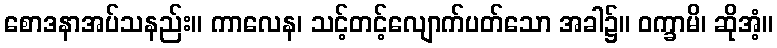
စောဒနာအပ်သနည်း။ ကာလေန၊ သင့်တင့်လျောက်ပတ်သော အခါ၌။ ဝက္ခာမိ၊ ဆိုအံ့။